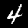
Label: 4